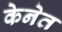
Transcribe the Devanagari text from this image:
केनेत